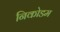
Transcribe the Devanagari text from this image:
निकोडम